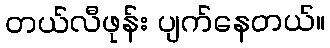
တယ်လီဖုန်း ပျက်နေတယ်။